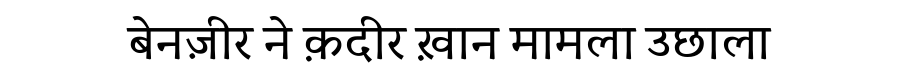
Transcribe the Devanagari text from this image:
बेनज़ीर ने क़दीर ख़ान मामला उछाला